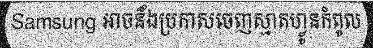
Samsung អាចនឹងប្រកាសចេញស្មាតហ្វូនកំពូល